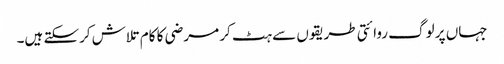
جہاں پر لوگ روائتی طریقوں سے ہٹ کر مرضی کا کام تلاش کرسکتے ہیں۔